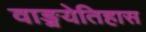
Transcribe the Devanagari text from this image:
वाङ्मयेतिहास